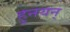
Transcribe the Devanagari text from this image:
हुनयन्